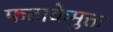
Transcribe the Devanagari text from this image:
फटाकेमुक्त